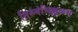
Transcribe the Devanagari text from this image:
तिरुवंचिक्कुळम